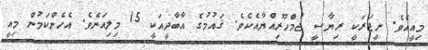
މިއީއެވެ. ނީޖަރަކީ ރިޔާސީ ޖުމްހޫރިއްޔާއެކެވެ. ޤައުމުގެ އާބާދީއަކީ 15 މިލިއަނެވެ. އެހެންކަމުން މިއީ